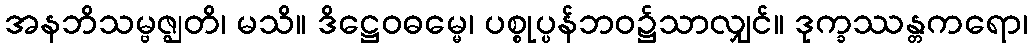
အနဘိသမ္ဗဇ္ဈတိ၊ မသိ။ ဒိဋ္ဌေဝဓမ္မေ၊ ပစ္စုပ္ပန်ဘဝ၌သာလျှင်။ ဒုက္ခဿန္တကရော၊